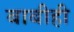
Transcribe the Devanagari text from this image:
बाबीही